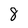
Character: 8